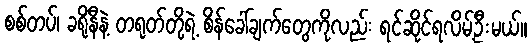
စစ်တပ်၊ ခရိုနီနဲ့ တရုတ်တို့ရဲ့ စိန်ခေါ်ချက်တွေကိုလည်း ရင်ဆိုင်ရလိမ့်ဦးမယ်။